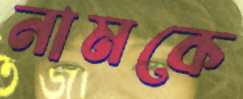
নামকে